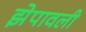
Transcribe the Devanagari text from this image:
झेपावली